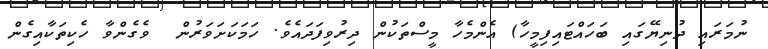
ނުމަރައި ދުނިޔޭގައި ބަހައްޓައިފިމީހާ) އެންމެހާ މީސްތަކުން ދިރުވިފަދައެވެ. ހަމަކަށަވަރުން  ވެގެންވާ ހެކިތަކާއިގެން